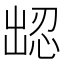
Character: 𪞹